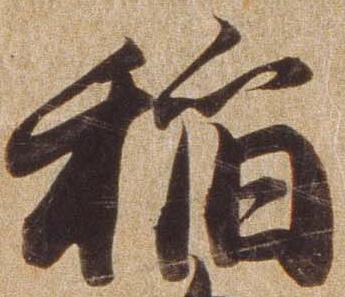
稲